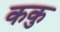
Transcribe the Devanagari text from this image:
ककु